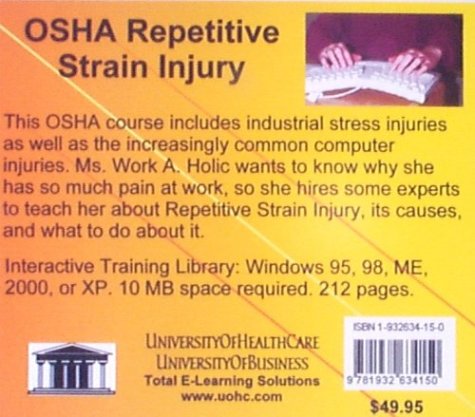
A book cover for OSHA Repetitive Strain Injury; Daniel Farb; Health, Fitness & Dieting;